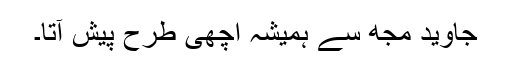
جاوید مجھ سے ہمیشہ اچھی طرح پیش آتا۔